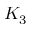
K _ { 3 }